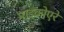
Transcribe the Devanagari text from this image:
माइक्रोएरे